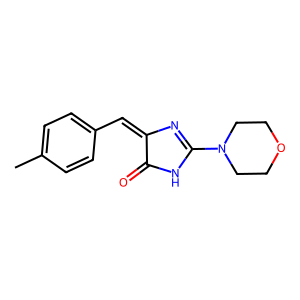
SMILES: Cc1ccc(C=C2N=C(N3CCOCC3)NC2=O)cc1
Inhibits HIV replication: No